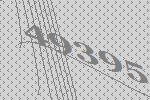
49395